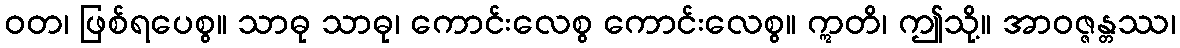
ဝတ၊ ဖြစ်ရပေစွ။ သာဓု သာဓု၊ ကောင်းလေစွ ကောင်းလေစွ။ ဣတိ၊ ဤသို့။ အာဝဇ္ဇန္တဿ၊